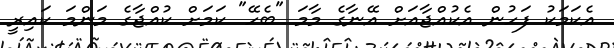
އެކަމަކު ފަހުން އެކުއްޖާއަށް އޭނާގެ މާމަ "ބެހޭ" ކަމަށް ކުއްޖާގެ މަންމަ ކައިރީ